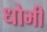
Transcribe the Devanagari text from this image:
धोभी